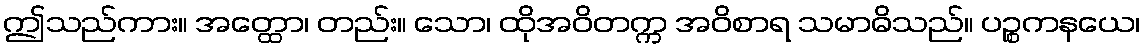
ဤသည်ကား။ အတ္ထော၊ တည်း။ သော၊ ထိုအဝိတက္က အဝိစာရ သမာဓိသည်။ ပဉ္စကနယေ၊